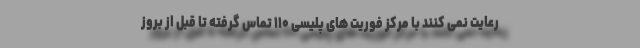
رعایت نمی کنند با مرکز فوریت های پلیسی ۱۱۰ تماس گرفته تا قبل از بروز